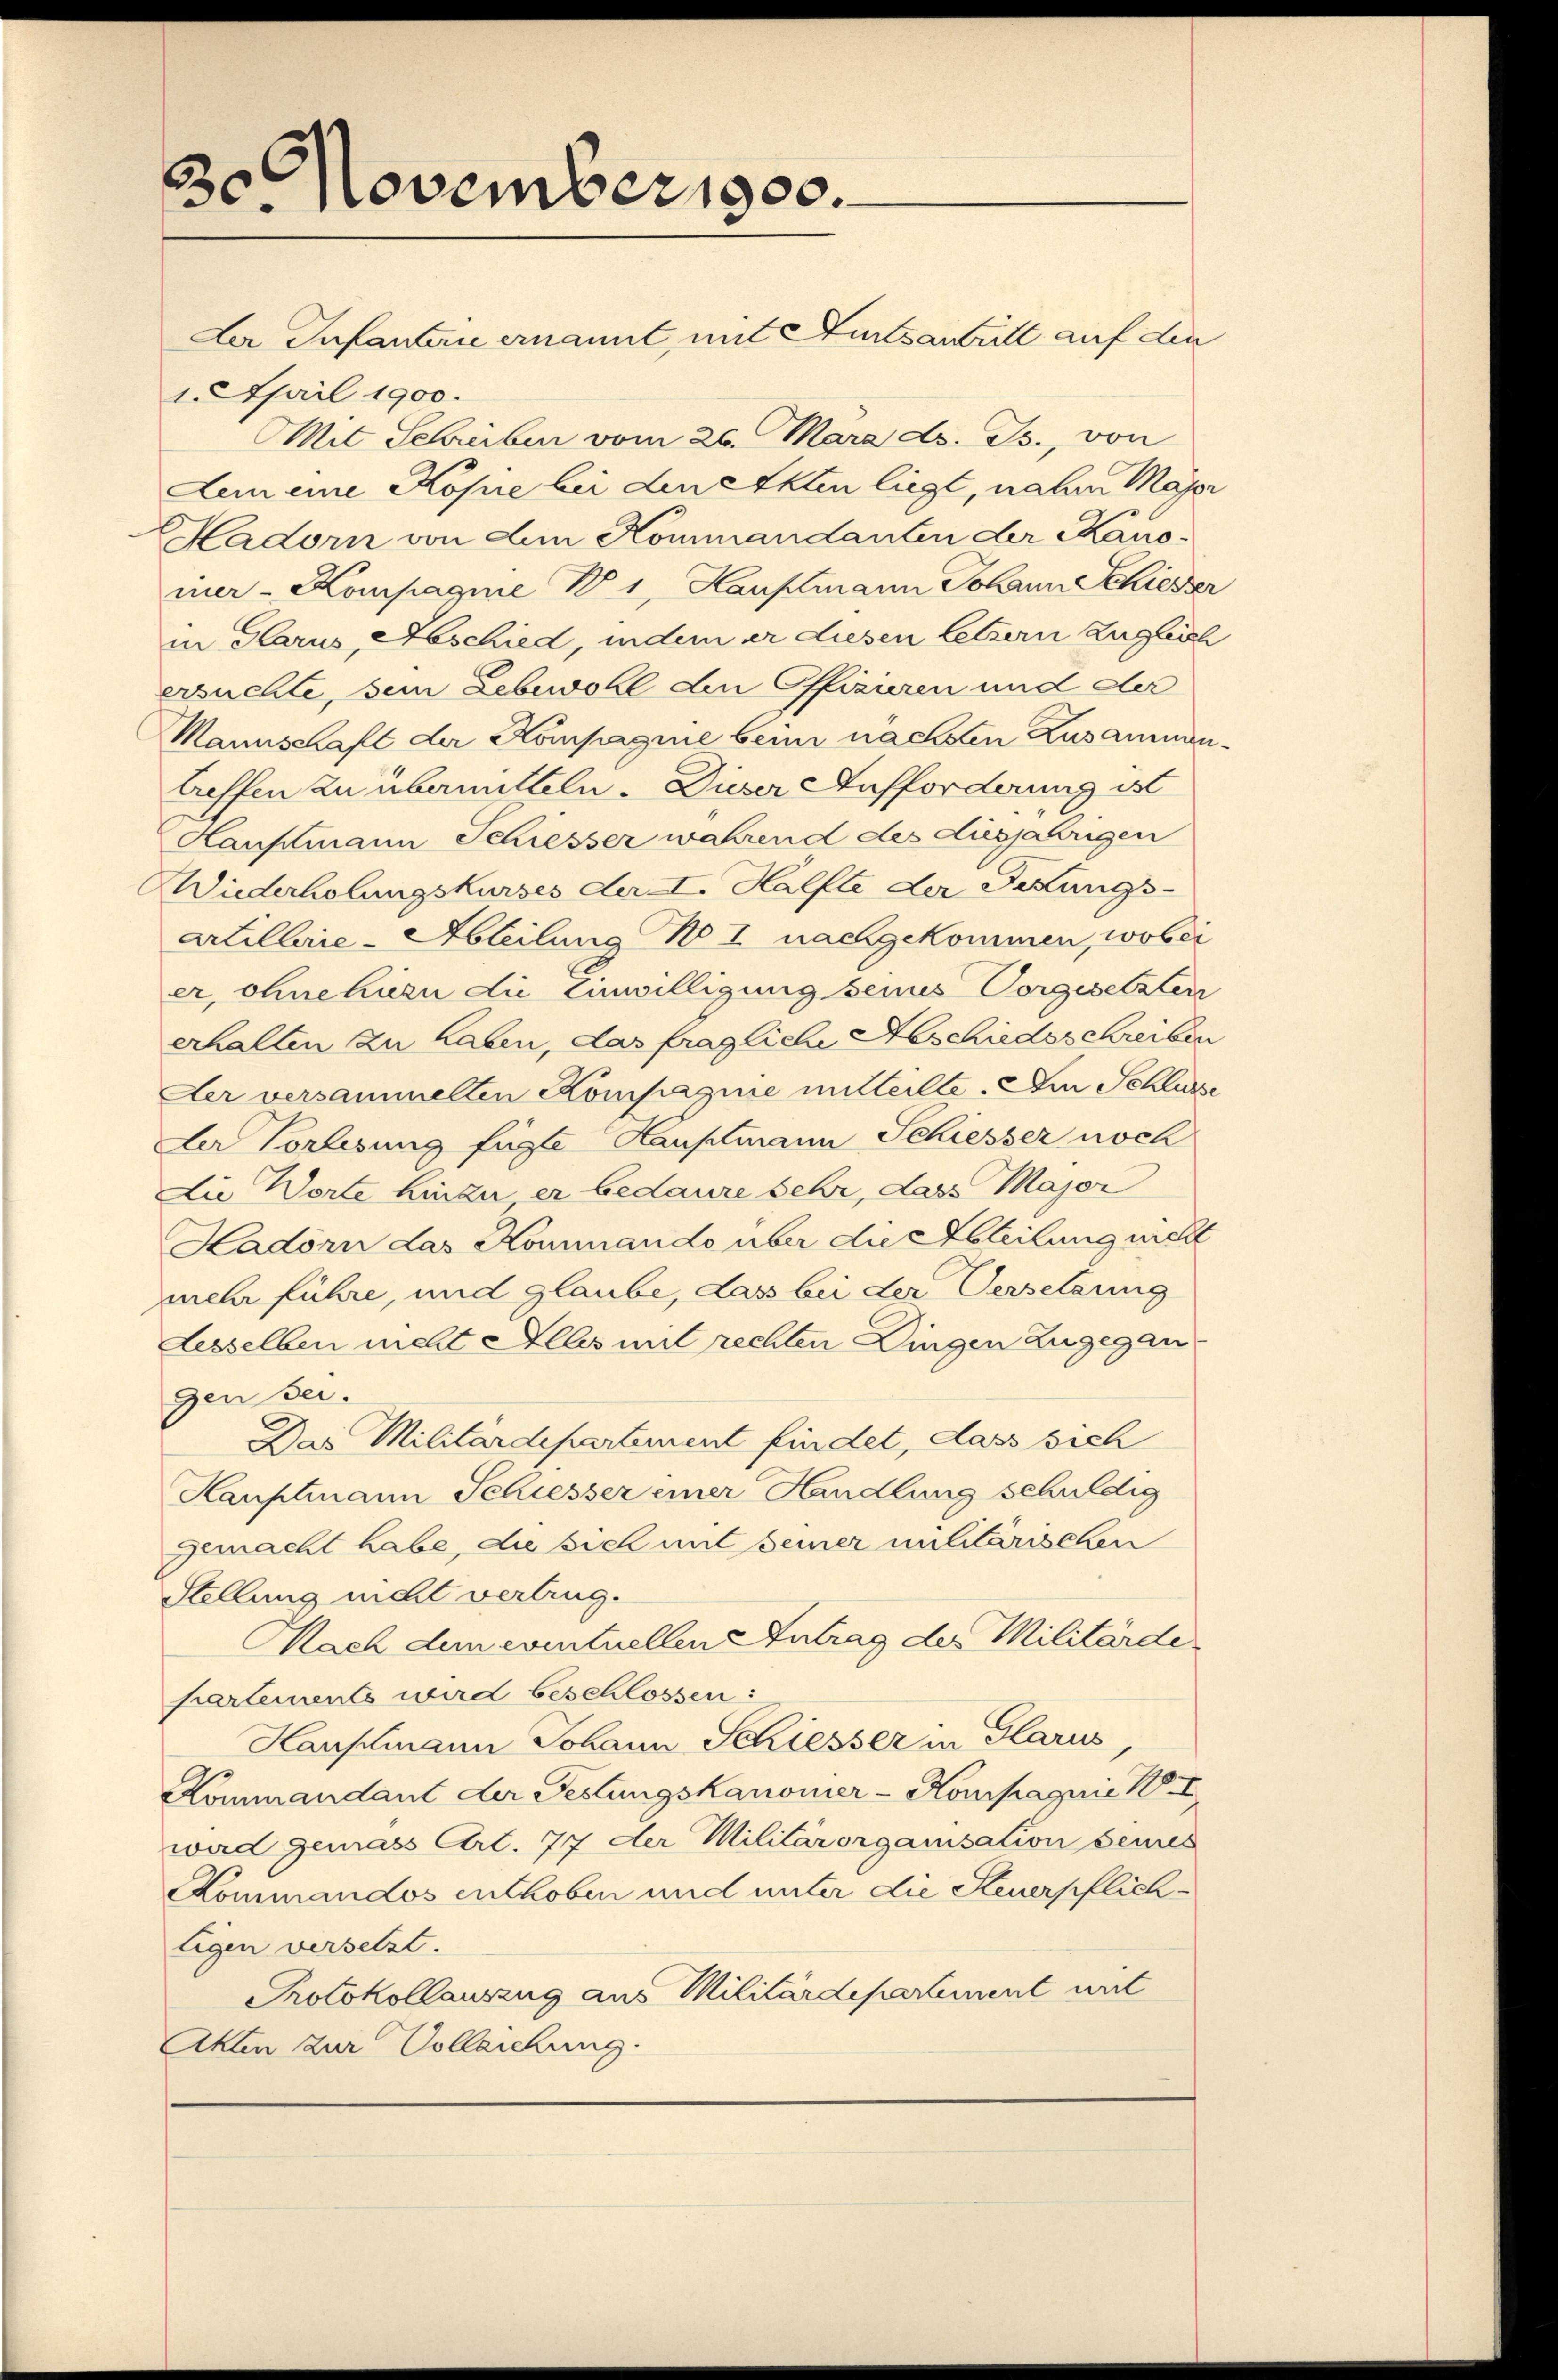
30 November 1900.

Der Infanten ernannt, mit Hutsantritt auf den
1. April 1900.
Mit Schreiben vom 26. Mara d. Js., von
Lem eine Kopie bei den Akten liegt, nahen Major
Hadorn von dem Kommandanten der Kanoier- Kompagnie W 1, Hauptmann Johann Schiesser
in Glarus, Abschied, indem er diesen letzern Zugleich
ersuchte, sein Lebewohl den Offizieren und der
Mannschaft der Kompagnie beim nächsten Zusammentreffen zu übermitteln. Dieser Aufforderung ist
Hauptmann Schiesser während des diesjährigen
Wiederholungskurses der I. Halfte der Festungs-
Artillerie-Abteilung No I nachgekommen, wobei
er, ohnehurn die Einwilligung seines Vorgesetzten
erhalten zu haben, das fragliche Abschiedsschreiben
Der versammelten Kompagnie mitteilte. Am Schliche
Der Vorlesung fügte Hauptmann Schiesser noch
Die Worte hinzu er bedaure sehr, dass Major
Hadorn das Kommando über die Abteilung nicht
mehr führe, und glaube, das bei der Versetzung
desselben nicht Alles mit rechten Dingen Zugegan
Den sei.
Das Militärdepartement findet, dass sich
Hauptmann Schiesser einer Handlung schuldig
gemacht habe, die sich mit seiner militärischen
Stellung nicht vertrug.
Nach dem eventuellen Antrag des Militärde
partements wird beschlossen:
Hauptmann Johann Schiesser in Glarus
Kommandant der Festungskanonier-Kompagnie 18. I
wad gemass Art. 77 der Militärorganisation seines
Kommandos enthoben und unter die Steuerpflichligen versetzt.
Protokollauszug aus Militärdepartement mit
Akten zur Vollziehung.